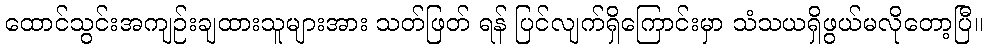
ထောင်သွင်းအကျဉ်းချထားသူများအား သတ်ဖြတ် ရန် ပြင်လျက်ရှိကြောင်းမှာ သံသယရှိဖွယ်မလိုတော့ပြီ။